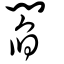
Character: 閻